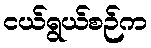
ငယ်ရွယ်စဉ်က